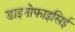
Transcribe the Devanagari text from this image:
डाइनोफाइसिई